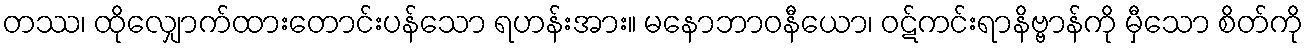
တဿ၊ ထိုလျှောက်ထားတောင်းပန်သော ရဟန်းအား။ မနောဘာဝနီယော၊ ဝဋ်ကင်းရာနိဗ္ဗာန်ကို မှီသော စိတ်ကို